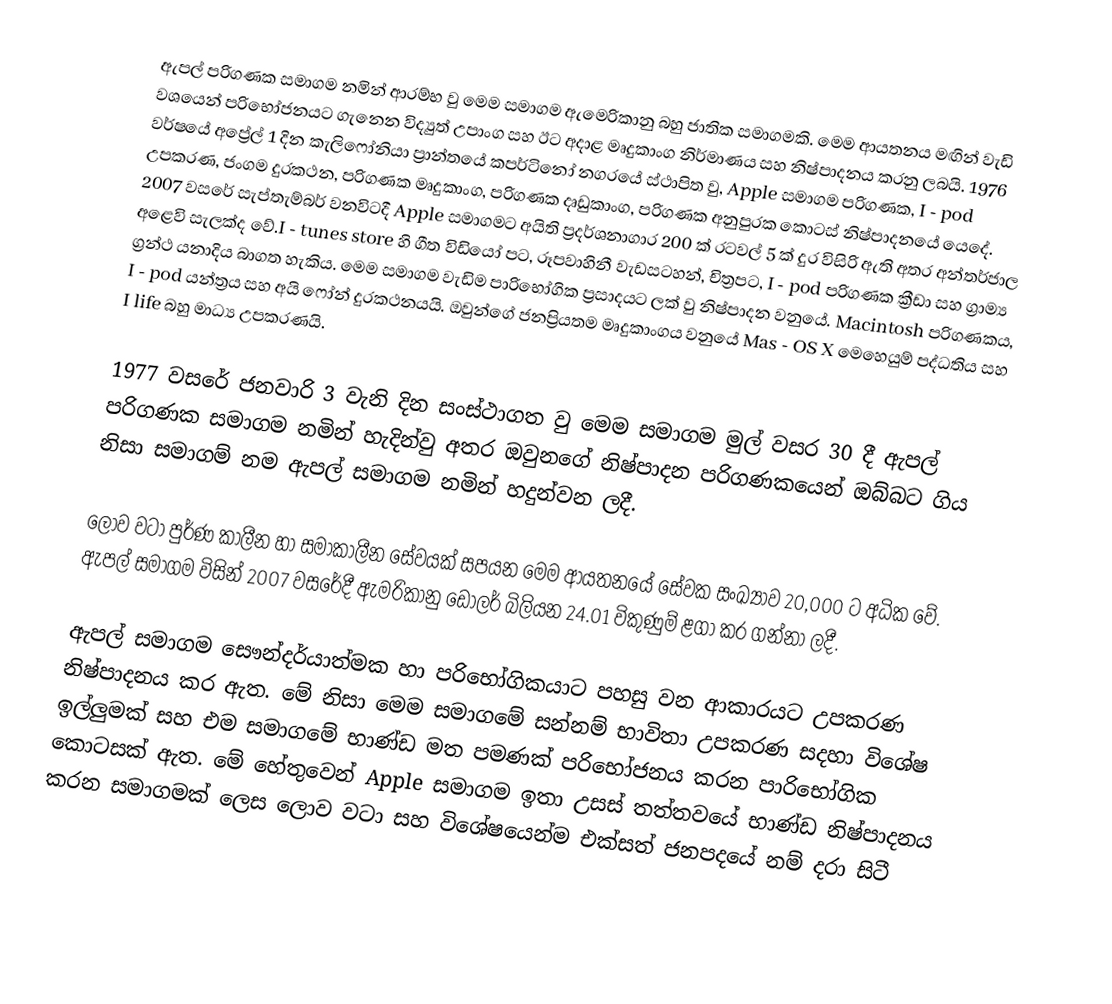
ඇපල් පරිගණක සමාගම නමින් ආරම්භ වු මෙම සමාගම ඇමෙරිකානු බහු ජාතික සමාගමකි. මෙම ආයතනය මඟින් වැඩි වශයෙන් පරිභෝජනයට ගැනෙන විද්‍යුත් උපාංග සහ ඊට අදාළ මෘදුකාංග නිර්මාණය සහ නිෂ්පාදනය කරනු ලබයි. 1976 වර්ෂයේ අප්‍රේල් 1 දින කැලිෆෝනියා ප්‍රාන්තයේ කපර්ටිනෝ නගරයේ ස්ථාපිත වු, Apple සමාගම පරිගණක, I - pod උපකරණ, ජංගම දුරකථන, පරිගණක මෘදුකාංග, පරිගණක දෘඩුකාංග, පරිගණක අනුපුරක කොටස් නිෂ්පාදනයේ යෙදේ. 2007 වසරේ සැප්තැම්බර් වනවිටදී Apple සමාගමට අයිති ප්‍රදර්ශනාගාර 200 ක් රටවල් 5 ක් දුර විසිරි ඇති අතර අන්තර්ජාල අළෙවි සැලක්ද වේ.I - tunes store හි ගීත විඩියෝ පට, රූපවාහිනී වැඩසටහන්, චිත්‍රපට, I - pod පරිගණක ක්‍රීඩා සහ ග්‍රාම්‍ය ග්‍රන්ථ යනාදිය බාගත හැකිය. මෙම සමාගම වැඩිම පාරිභෝගික ප්‍රසාදයට ලක් වු නිෂ්පාදන වනුයේ. Macintosh පරිගණකය, I - pod යන්ත්‍රය සහ අයි ෆෝන්  දුරකථනයයි. ඔවුන්ගේ ජනප්‍රියතම මෘදුකාංගය වනුයේ Mas - OS X මෙහෙයුම් පද්ධතිය සහ I life බහු මාධ්‍ය උපකරණයි.

1977 වසරේ ජනවාරි 3 වැනි දින සංස්ථාගත වු මෙම සමාගම මුල් වසර 30 දී ඇපල් පරිගණක සමාගම නමින් හැදින්වු අතර ඔවුනගේ නිෂ්පාදන පරිගණකයෙන් ඔබ්බට ගිය නිසා සමාගම් නම ඇපල් සමාගම නමින් හදුන්වන ලදී.

ලොව වටා පුර්ණ කාලීන හා සමාකාලීන සේවයක් සපයන මෙම ආයතනයේ සේවක සංඛ්‍යාව 20,000 ට අධික වේ. ඇපල් සමාගම විසින් 2007 වසරේදී ඇමරිකානු ඩොලර්  බිලියන 24.01  විකුණුම් ළගා කර ගන්නා ලදී.

ඇපල් සමාගම සෞන්දර්යාත්මක හා පරිභෝගිකයාට පහසු වන ආකාරයට උපකරණ නිෂ්පාදනය කර ඇත. මේ නිසා මෙම සමාගමේ සන්නම් භාවිතා උපකරණ සදහා විශේෂ ඉල්ලුමක් සහ එම සමාගමේ භාණ්ඩ මත පමණක් පරිභෝජනය කරන පාරිභෝගික කොටසක් ඇත. මේ හේතුවෙන් Apple සමාගම ඉතා උසස් තත්තවයේ භාණ්ඩ නිෂ්පාදනය කරන සමාගමක් ලෙස ලොව වටා සහ විශේෂයෙන්ම එක්සත් ජනපදයේ නම් දරා සිටී